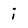
Character: i